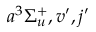
a ^ { 3 } \Sigma _ { u } ^ { + } , v ^ { \prime } , j ^ { \prime }